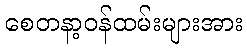
စေတနာ့ဝန်ထမ်းများအား